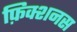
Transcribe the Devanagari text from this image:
फ़िक्शनस